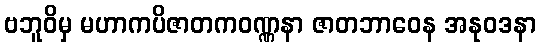
ဗဘူဝိမှ မဟာကပိဇာတကဝဏ္ဏနာ ဇာတဘာဝေန အနုဝဒနာ